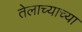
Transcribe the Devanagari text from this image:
तेलाच्याच्या